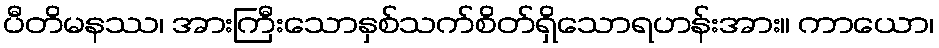
ပီတိမနဿ၊ အားကြီးသောနှစ်သက်စိတ်ရှိသောရဟန်းအား။ ကာယော၊